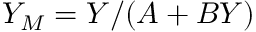
Y _ { M } = Y / ( A + B Y )